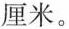
厘米。